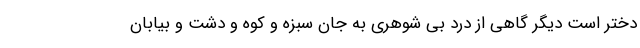
دختر است دیگر گاهی از درد بی شوهری به جان سبزه و کوه و دشت و بیابان